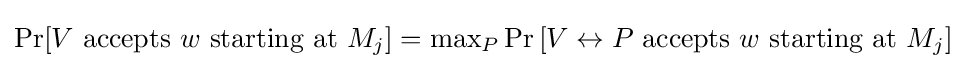
\Pr[V{\text{ accepts }}w{\text{ starting at }}M_{j}]=\max \nolimits _{P}\Pr \left[V\leftrightarrow P{\text{ accepts }}w{\text{ starting at }}M_{j}\right]